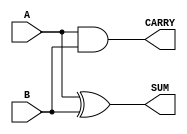
module Parameterized_Half_Adder #(
    parameter WIDTH = 1  // Parameter to define the number of input bits
)(
    input [WIDTH-1:0] A,  // Input A
    input [WIDTH-1:0] B,  // Input B
    output [WIDTH-1:0] SUM, // Output SUM
    output [WIDTH-1:0] CARRY // Output CARRY
);

    // Compute the SUM and CARRY
    assign SUM = A ^ B;    // SUM is the XOR of A and B
    assign CARRY = A & B;  // CARRY is the AND of A and B

endmodule